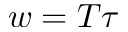
w = T \tau